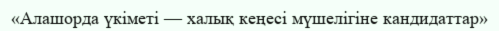
«Алашорда үкіметі — халық кеңесі мүшелігіне кандидаттар»